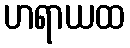
ဟရာယထ